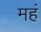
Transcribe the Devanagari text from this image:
महं